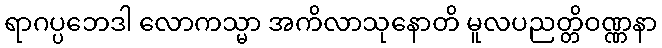
ရာဂပ္ပဘေဒါ လောကသ္မာ အကိလာသုနောတိ မူလပညတ္တိဝဏ္ဏနာ